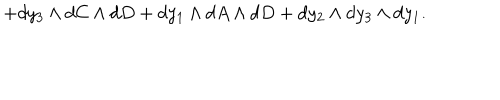
+ d y _ { 3 } \wedge d C \wedge d D + d y _ { 1 } \wedge d A \wedge d D + d y _ { 2 } \wedge d y _ { 3 } \wedge d y _ { 1 } .